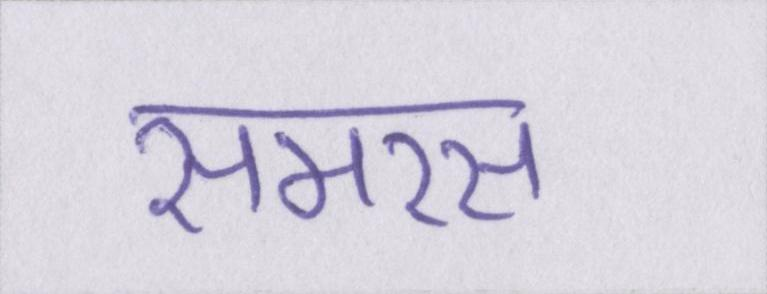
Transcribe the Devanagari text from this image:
समरस